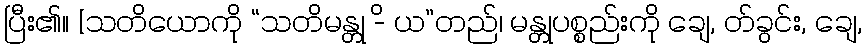
ပြီး၏။ [သတိယောကို “သတိမန္တု -ိ ယ”တည်၊ မန္တုပစ္စည်းကို ချေ, တ်ခွင်း, ချေ,